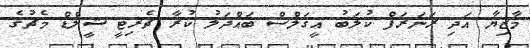
މާޒިޔާ އަދި ރަނަރަފް ކުލަބު އީގަލްސް ބައްދަލު ކުރާ ޗެރިޓީ ޝީލްޑް މެޗުގެ